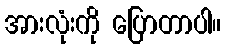
အားလုံးကို ပြောတာပါ။